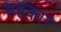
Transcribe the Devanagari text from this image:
महकार